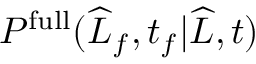
P ^ { \mathrm { f u l l } } ( \widehat { L } _ { f } , t _ { f } | \widehat { L } , t )